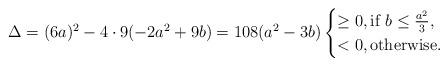
LaTeX: \begin{align*}\Delta=(6a)^2-4\cdot 9(-2 a^2 + 9 b)=108 (a^2 - 3 b)\begin{cases}\geq 0,\mbox{if $b\leq \frac{a^2}{3}$},\\<0,\mbox{otherwise.}\end{cases}\end{align*}